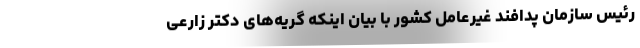
رئیس سازمان پدافند غیرعامل کشور با بیان اینکه گریه‌های دکتر زارعی